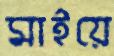
মাইয়ে